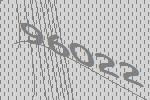
96022